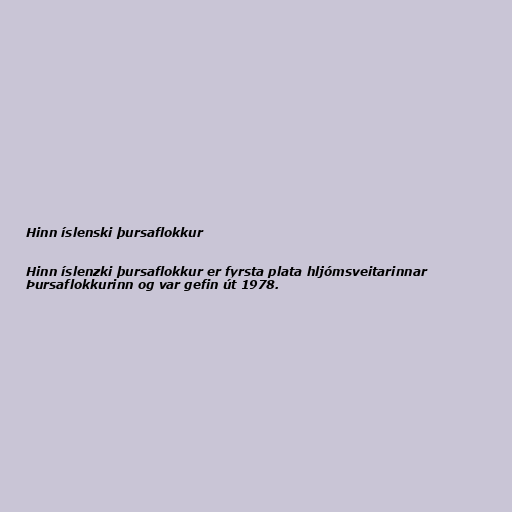
Hinn íslenski þursaflokkur

Hinn íslenzki þursaflokkur er fyrsta plata hljómsveitarinnar
Þursaflokkurinn og var gefin út 1978.